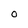
Character: o